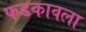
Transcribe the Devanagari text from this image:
फडकावला